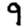
Digit: 9